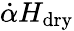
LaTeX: \dot{\alpha}H_{\mathrm{dry}}